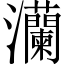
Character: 灡